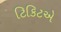
ટિકિટએ